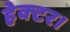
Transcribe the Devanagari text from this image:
हेक्‍टर।